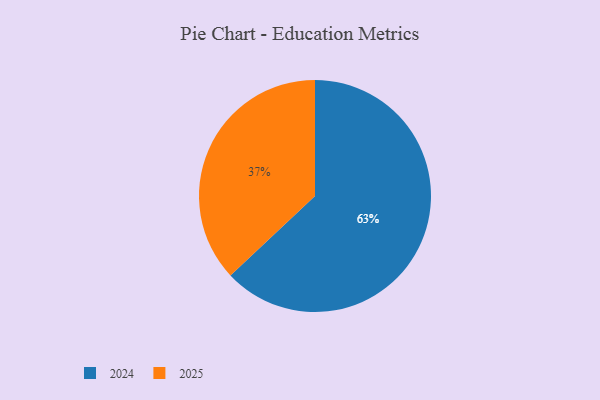
{"axis": {"x": "Category", "y": "Percentage"}, "legend": ["2024", "2025"], "data": [{"x": "2024", "y": 63, "type": "2024"}, {"x": "2025", "y": 37, "type": "2025"}]}